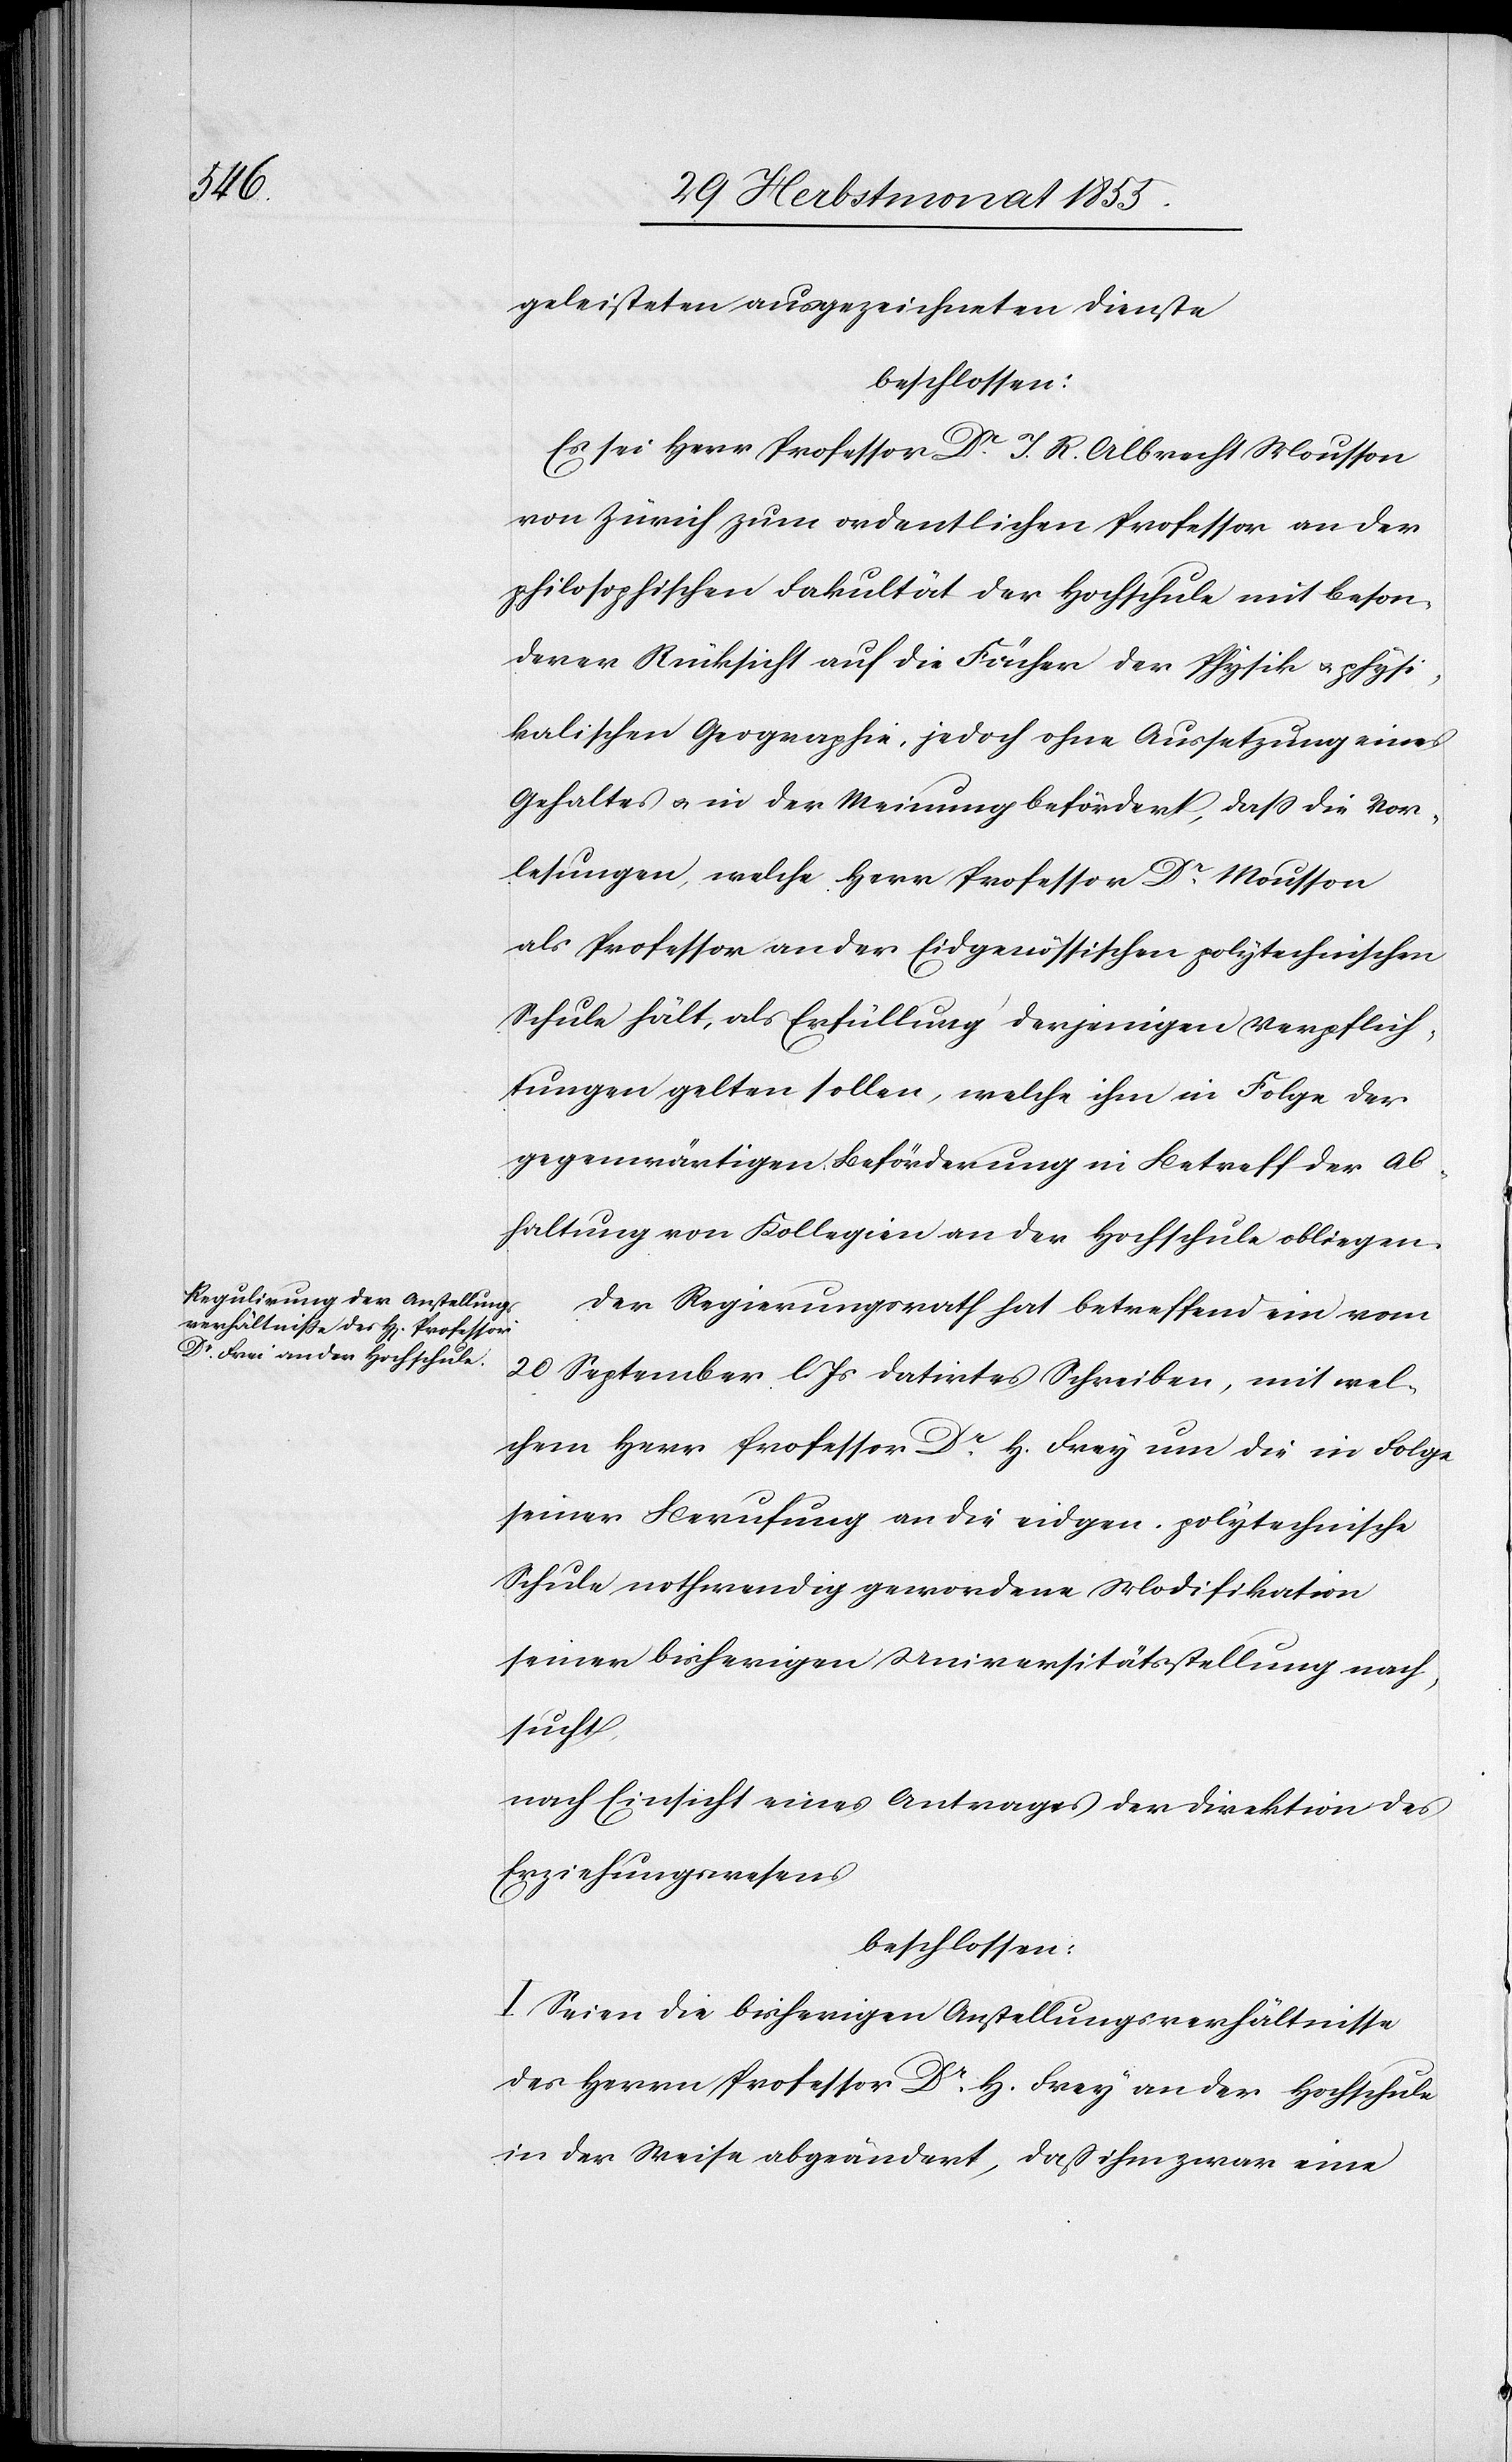
geleisteten ausgezeichneten Dienste
beschlossen:
Es sei Herr Professor Dr. J. R. Albrecht Mousson
von Zürich zum ordentlichen Professor an der
philosophischen Fakultät der Hochschule mit beson¬
derer Rücksicht auf die Fächer der Physik & physi¬
kalischen Geographie, jedoch ohne Aussetzung eines
Gehaltes & in der Meinung befördert, dass die Vor¬
lesungen, welche Herr Professor Dr. Mousson
als Professor an der Eidgenössischen polytechnischen
Schule hält, als Erfüllung derjenigen Verpflich¬
tungen gelten sollen, welche ihm in Folge der
gegenwärtigen Beförderung in Betreff der Ab¬
haltung von Kollegien an der Hochschule obliegen.
Der Regierungsrath hat betreffend ein vom
20 September l. Js datirtes Schreiben, mit wel¬
chem Herr Professor Dr. H. Frey [sic!] um die in Folge
seiner Berufung an die eidgen. polytechnische
Schule nothwendig gewordene Modifikation
seiner bisherigen Universitätsstellung nach¬
sucht,
nach Einsicht eines Antrages der Direktion des
Erziehungswesens
beschlossen:
I. Seien die bisherigen Anstellungsverhältnisse
des Herrn Professor Dr. H. Frey an der Hochschule
in der Weise abgeändert, daß ihm zwar eine